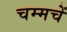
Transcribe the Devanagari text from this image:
चम्मचें